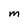
Character: m